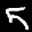
Label: 5